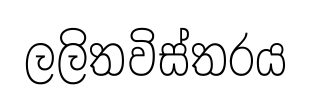
ලලිතවිස්තරය